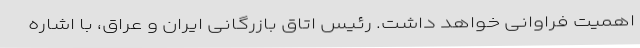
اهمیت فراوانی خواهد داشت. رئیس اتاق بازرگانی ایران و عراق، با اشاره